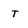
Character: T